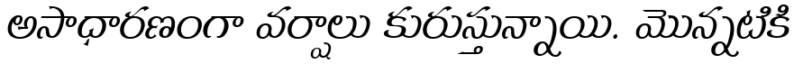
అసాధారణంగా వర్షాలు కురుస్తున్నాయి. మొన్నటికి